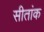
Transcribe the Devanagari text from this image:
सीतांक